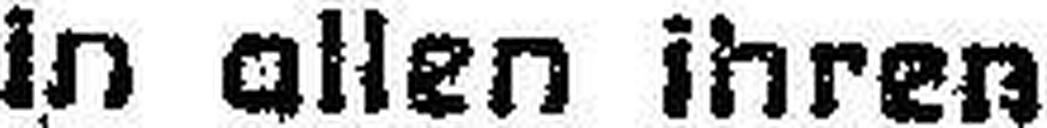
in allen ihren